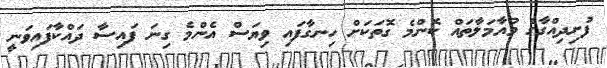
ފުށިދިއްގާގެ މުއާމަލާތައް ކޮންމެ ގޮތަކަށް ހިނގާފައި ވިޔަސް އެންމެ ގިނަ ފައިސާ ދައްކާފައިވަނީ